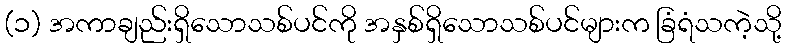
(၁) အကာချည်းရှိသောသစ်ပင်ကို အနှစ်ရှိသောသစ်ပင်များက ခြံရံသကဲ့သို့